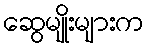
ဆွေမျိုးများက